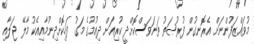
މުވައްޒަފުންނަށް އެރޮނގުން ފުރުޞަތު ތަނަވަސްކޮށްދީ ކުރިއަށް ދިއުމުގެ މަގު ފަހިކޮށްދިނުމާއިއެކު މާލޭ ޖަލާއި